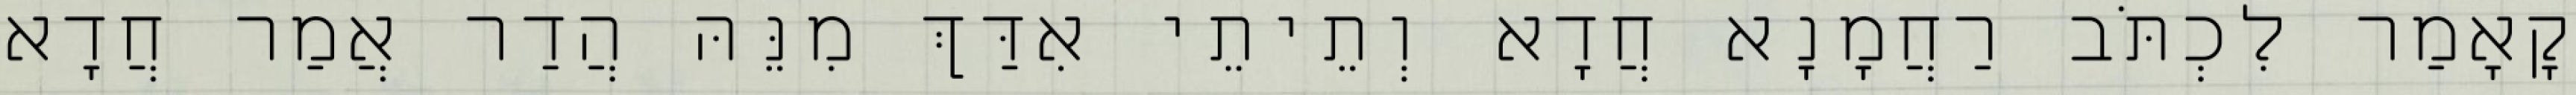
קָאָמַר לִכְתֹּב רַחֲמָנָא חֲדָא וְתֵיתֵי אִדַּךְ מִנֵּהּ הֲדַר אֲמַר חֲדָא